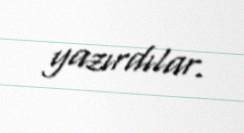
yazırdılar.